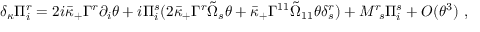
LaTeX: \delta _ { \kappa } \Pi _ { i } ^ { r } = 2 i \bar { \kappa } _ { + } \Gamma ^ { r } \partial _ { i } \theta + i \Pi _ { i } ^ { s } ( 2 \bar { \kappa } _ { + } \Gamma ^ { r } \tilde { \Omega } _ { s } \theta + \bar { \kappa } _ { + } \Gamma ^ { 1 1 } \tilde { \Omega } _ { 1 1 } \theta \delta _ { s } ^ { r } ) + M _ { ~ s } ^ { r } \Pi _ { i } ^ { s } + { \cal O } ( \theta ^ { 3 } ) ~ ,